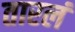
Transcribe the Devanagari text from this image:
तारलं